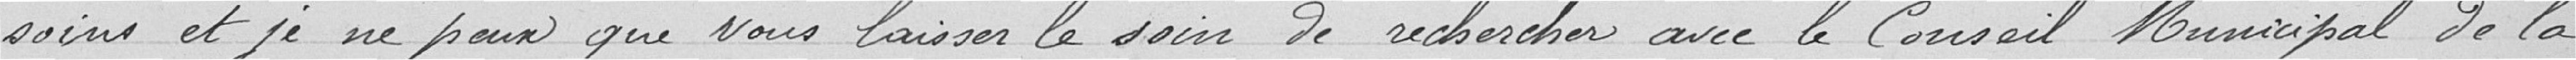
soins et je ne peux que vous laisser le soin de rechercher avec le Conseil  Municipal de la